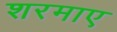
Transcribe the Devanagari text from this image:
शरमाए